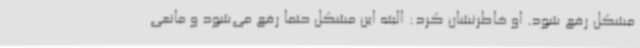
مشکل رفع شود. او خاطرنشان کرد: البته این مشکل حتما رفع می‌شود و مانعی